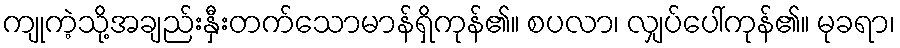
ကျုကဲ့သို့အချည်းနှီးတက်သောမာန်ရှိကုန်၏။ စပလာ၊ လျှပ်ပေါ်ကုန်၏။ မုခရာ၊